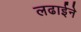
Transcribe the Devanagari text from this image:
लढाईने